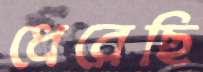
ধেরেছি